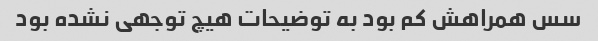
سس همراهش کم بود به توضیحات هیچ توجهی نشده بود